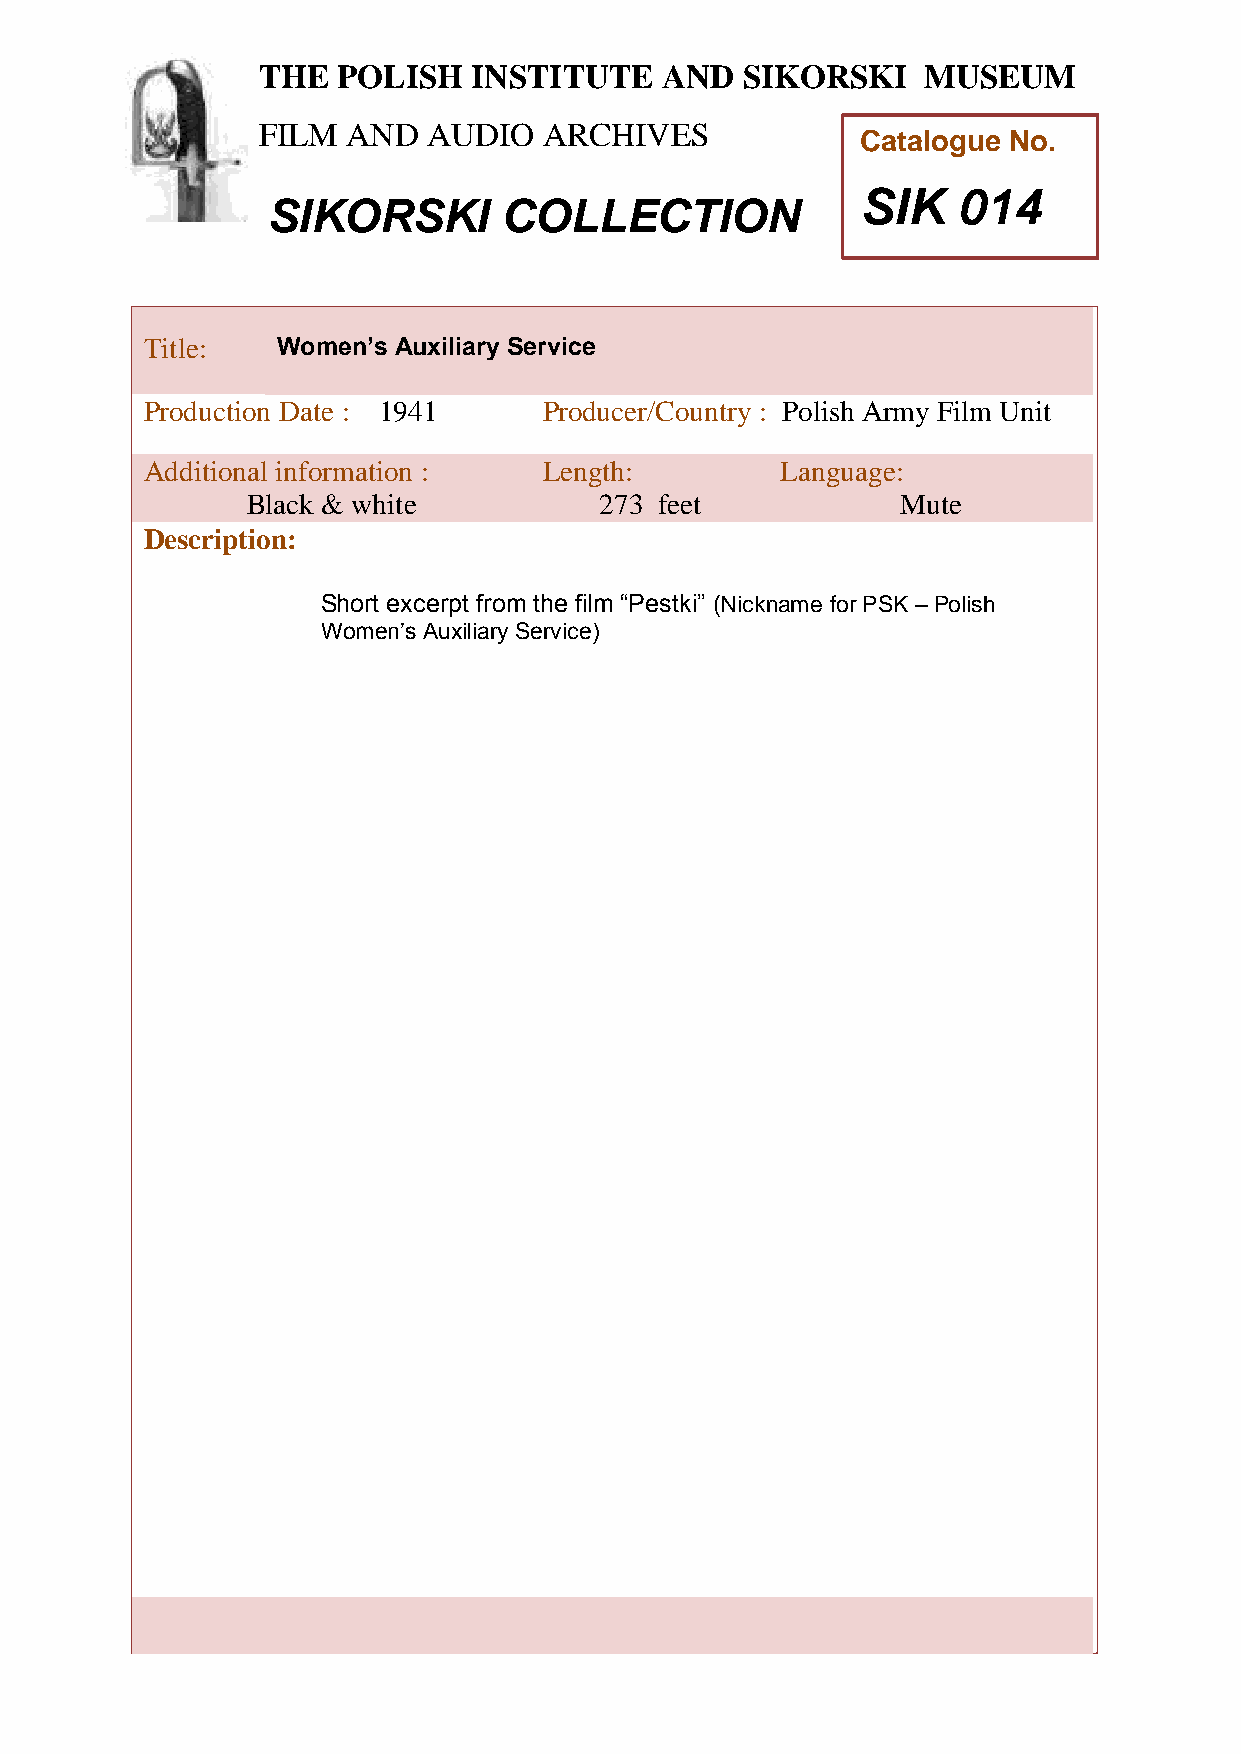
THE  POLISH   INSTITUTE    AND  SIKORSKI    MUSEUM
 FILM  AND  AUDIO   ARCHIVES
 Catalogue No.
 SIK   014
 SIKORSKI       COLLECTION
 TTitle:     Women’s Auxiliary Service
 h
 Peroduction Date : 1941    Producer/Country : Polish Army Film Unit
 AddiPtional information :  Length:         Language:
 oBlack & white           273 feet            Mute
 l
 Descriptioni:
 s
 hShort excerpt from the film “Pestki” (Nickname for PSK – Polish
 WomIen’s Auxiliary Service)
 n
 s
 t
 i
 t
 u
 t
 e
 a
 n
 d
 S
 i
 k
 o
 r
 s
 k
 i
 M
 u
 s
 e
 u
 m